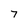
Character: 7